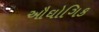
ઔઘોગિક